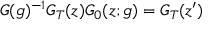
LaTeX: G ( g ) ^ { - 1 } G _ { T } ( z ) G _ { 0 } ( z ; g ) = G _ { T } ( z ^ { \prime } )